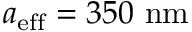
a _ { \mathrm { e f f } } = 3 5 0 \ \mathrm { n m }